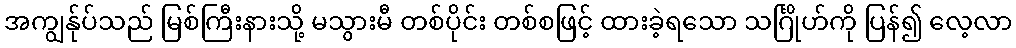
အကျွန်ုပ်သည် မြစ်ကြီးနားသို့ မသွားမီ တစ်ပိုင်း တစ်စဖြင့် ထားခဲ့ရသော သင်္ဂြိုဟ်ကို ပြန်၍ လေ့လာ